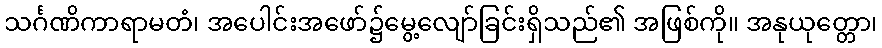
သင်္ဂဏိကာရာမတံ၊ အပေါင်းအဖော်၌မွေ့လျော်ခြင်းရှိသည်၏ အဖြစ်ကို။ အနုယုတ္တော၊